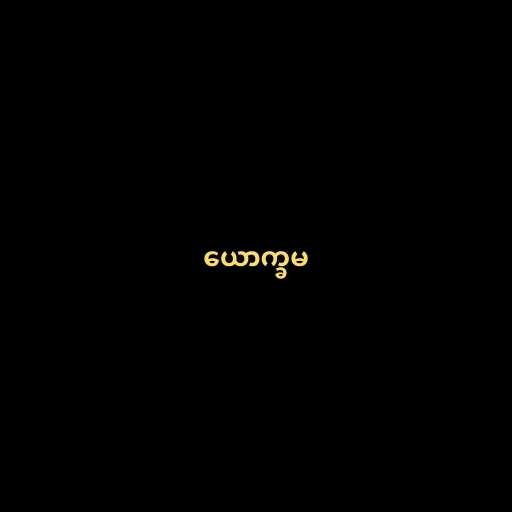
ယောက္ခမ